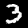
Label: 3